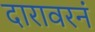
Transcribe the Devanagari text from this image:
दारावरनं